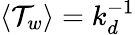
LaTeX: \langle\mathcal{T}_{w}\rangle=k_{d}^{-1}